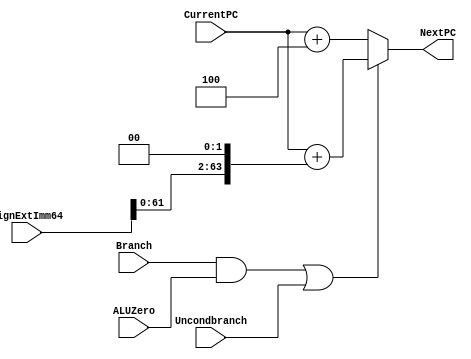
module NextPClogic(NextPC, CurrentPC, SignExtImm64, Branch, ALUZero, Uncondbranch); 
   input [63:0] CurrentPC, SignExtImm64; 
   input	Branch, ALUZero, Uncondbranch; 
   output reg [63:0] NextPC; 

   /* write your code here */

   wire and1; // (Branch AND ZeroFlag) OR UncondBranch this is mux switch
   wire or1;
   assign and1 = Branch & ALUZero;
   assign or1 = and1 | Uncondbranch; // essentially (Branch & ALUZero) | (UncondBranch)
   
   always @(*) begin
      if (or1 == 1) // branch to specific line
	NextPC = CurrentPC + (SignExtImm64 << 2);  // word offset (lsl2bits) -> byte offset
      else // default case
	NextPC = CurrentPC + 4;
   end // always block


endmodule